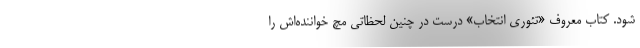
شود. کتاب معروف «تئوری انتخاب» درست در چنین لحظاتی مچ خواننده‌اش را